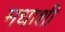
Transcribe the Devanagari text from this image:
मधाशी